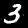
Digit: 3